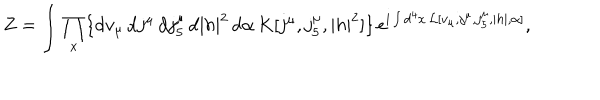
LaTeX: Z = \int \prod _ { x } \{ \mathrm { d } v _ { \mu } \, \mathrm { d } j ^ { \mu } \, \mathrm { d } j _ { 5 } ^ { \mu } \, \mathrm { d } | h | ^ { 2 } \, \mathrm { d } \alpha \, K [ j ^ { \mu } , j _ { 5 } ^ { \mu } , | h | ^ { 2 } ] \} \, e ^ { \mathrm { i } \int \mathrm { d } ^ { 4 } x \, { \cal L } [ v _ { \mu } , j ^ { \mu } , j _ { 5 } ^ { \mu } , | h | , \alpha ] } ,